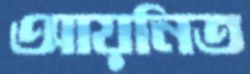
আয়নিত